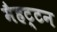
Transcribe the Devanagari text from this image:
मैहट्टन